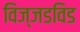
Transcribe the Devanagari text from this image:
विज्जडविड